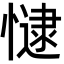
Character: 𢠻